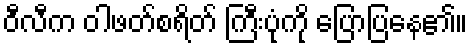
ဝီလီက ဝါဖတ်စရိတ် ကြီးပုံကို ပြောပြနေ၏။